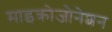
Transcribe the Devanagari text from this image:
माइक्रोजोनेशन